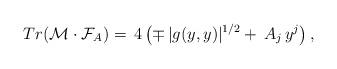
LaTeX: \begin{align*}Tr(\mathcal{M}\cdot\mathcal{F}_A)= \,4\left(\mp\,|g(y,y)|^{1/2}+\,A_j\,y^j\right),\end{align*}